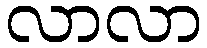
လာလာ